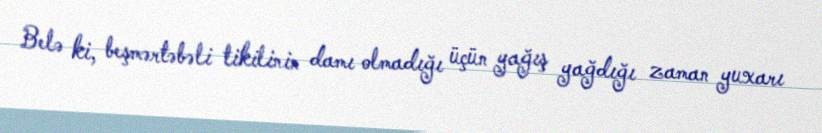
Belə ki, beşmərtəbəli tikilinin damı olmadığı üçün yağış yağdığı zaman yuxarı